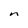
Character: n